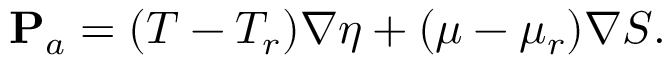
{ \bf P } _ { a } = ( T - T _ { r } ) \nabla \eta + ( \mu - \mu _ { r } ) \nabla S .